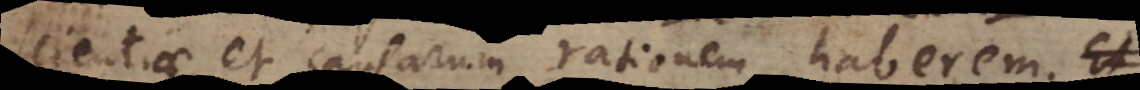
scientiae et causarum rationem haberem.